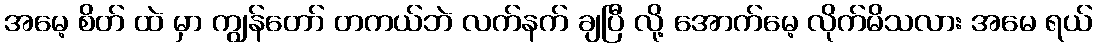
အမေ့ စိတ် ထဲ မှာ ကျွန်တော် တကယ်ဘဲ လက်နက် ချပြီ လို့ အောက်မေ့ လိုက်မိသလား အမေ ရယ်